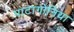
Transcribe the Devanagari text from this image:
पाटागोनिया